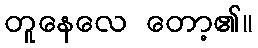
တူနေလေ တော့၏။